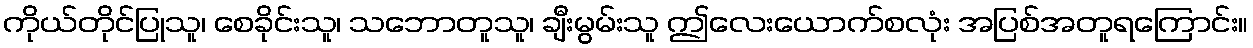
ကိုယ်တိုင်ပြုသူ၊ စေခိုင်းသူ၊ သဘောတူသူ၊ ချီးမွမ်းသူ ဤလေးယောက်စလုံး အပြစ်အတူရကြောင်း။